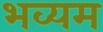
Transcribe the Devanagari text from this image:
भव्यम